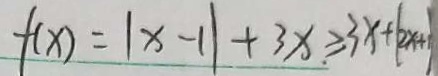
f ( x ) = \vert x - 1 \vert + 3 x \geq 3 x + ( 2 x + 1 )